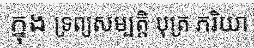
ក្នុង ទ្រព្យសម្បត្តិ បុត្រ ភរិយា